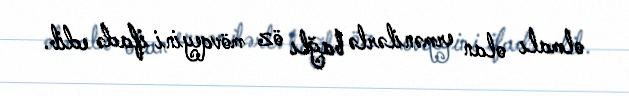
olmalı olan ermənilərlə bağlı öz mövqeyini ifadə edib.